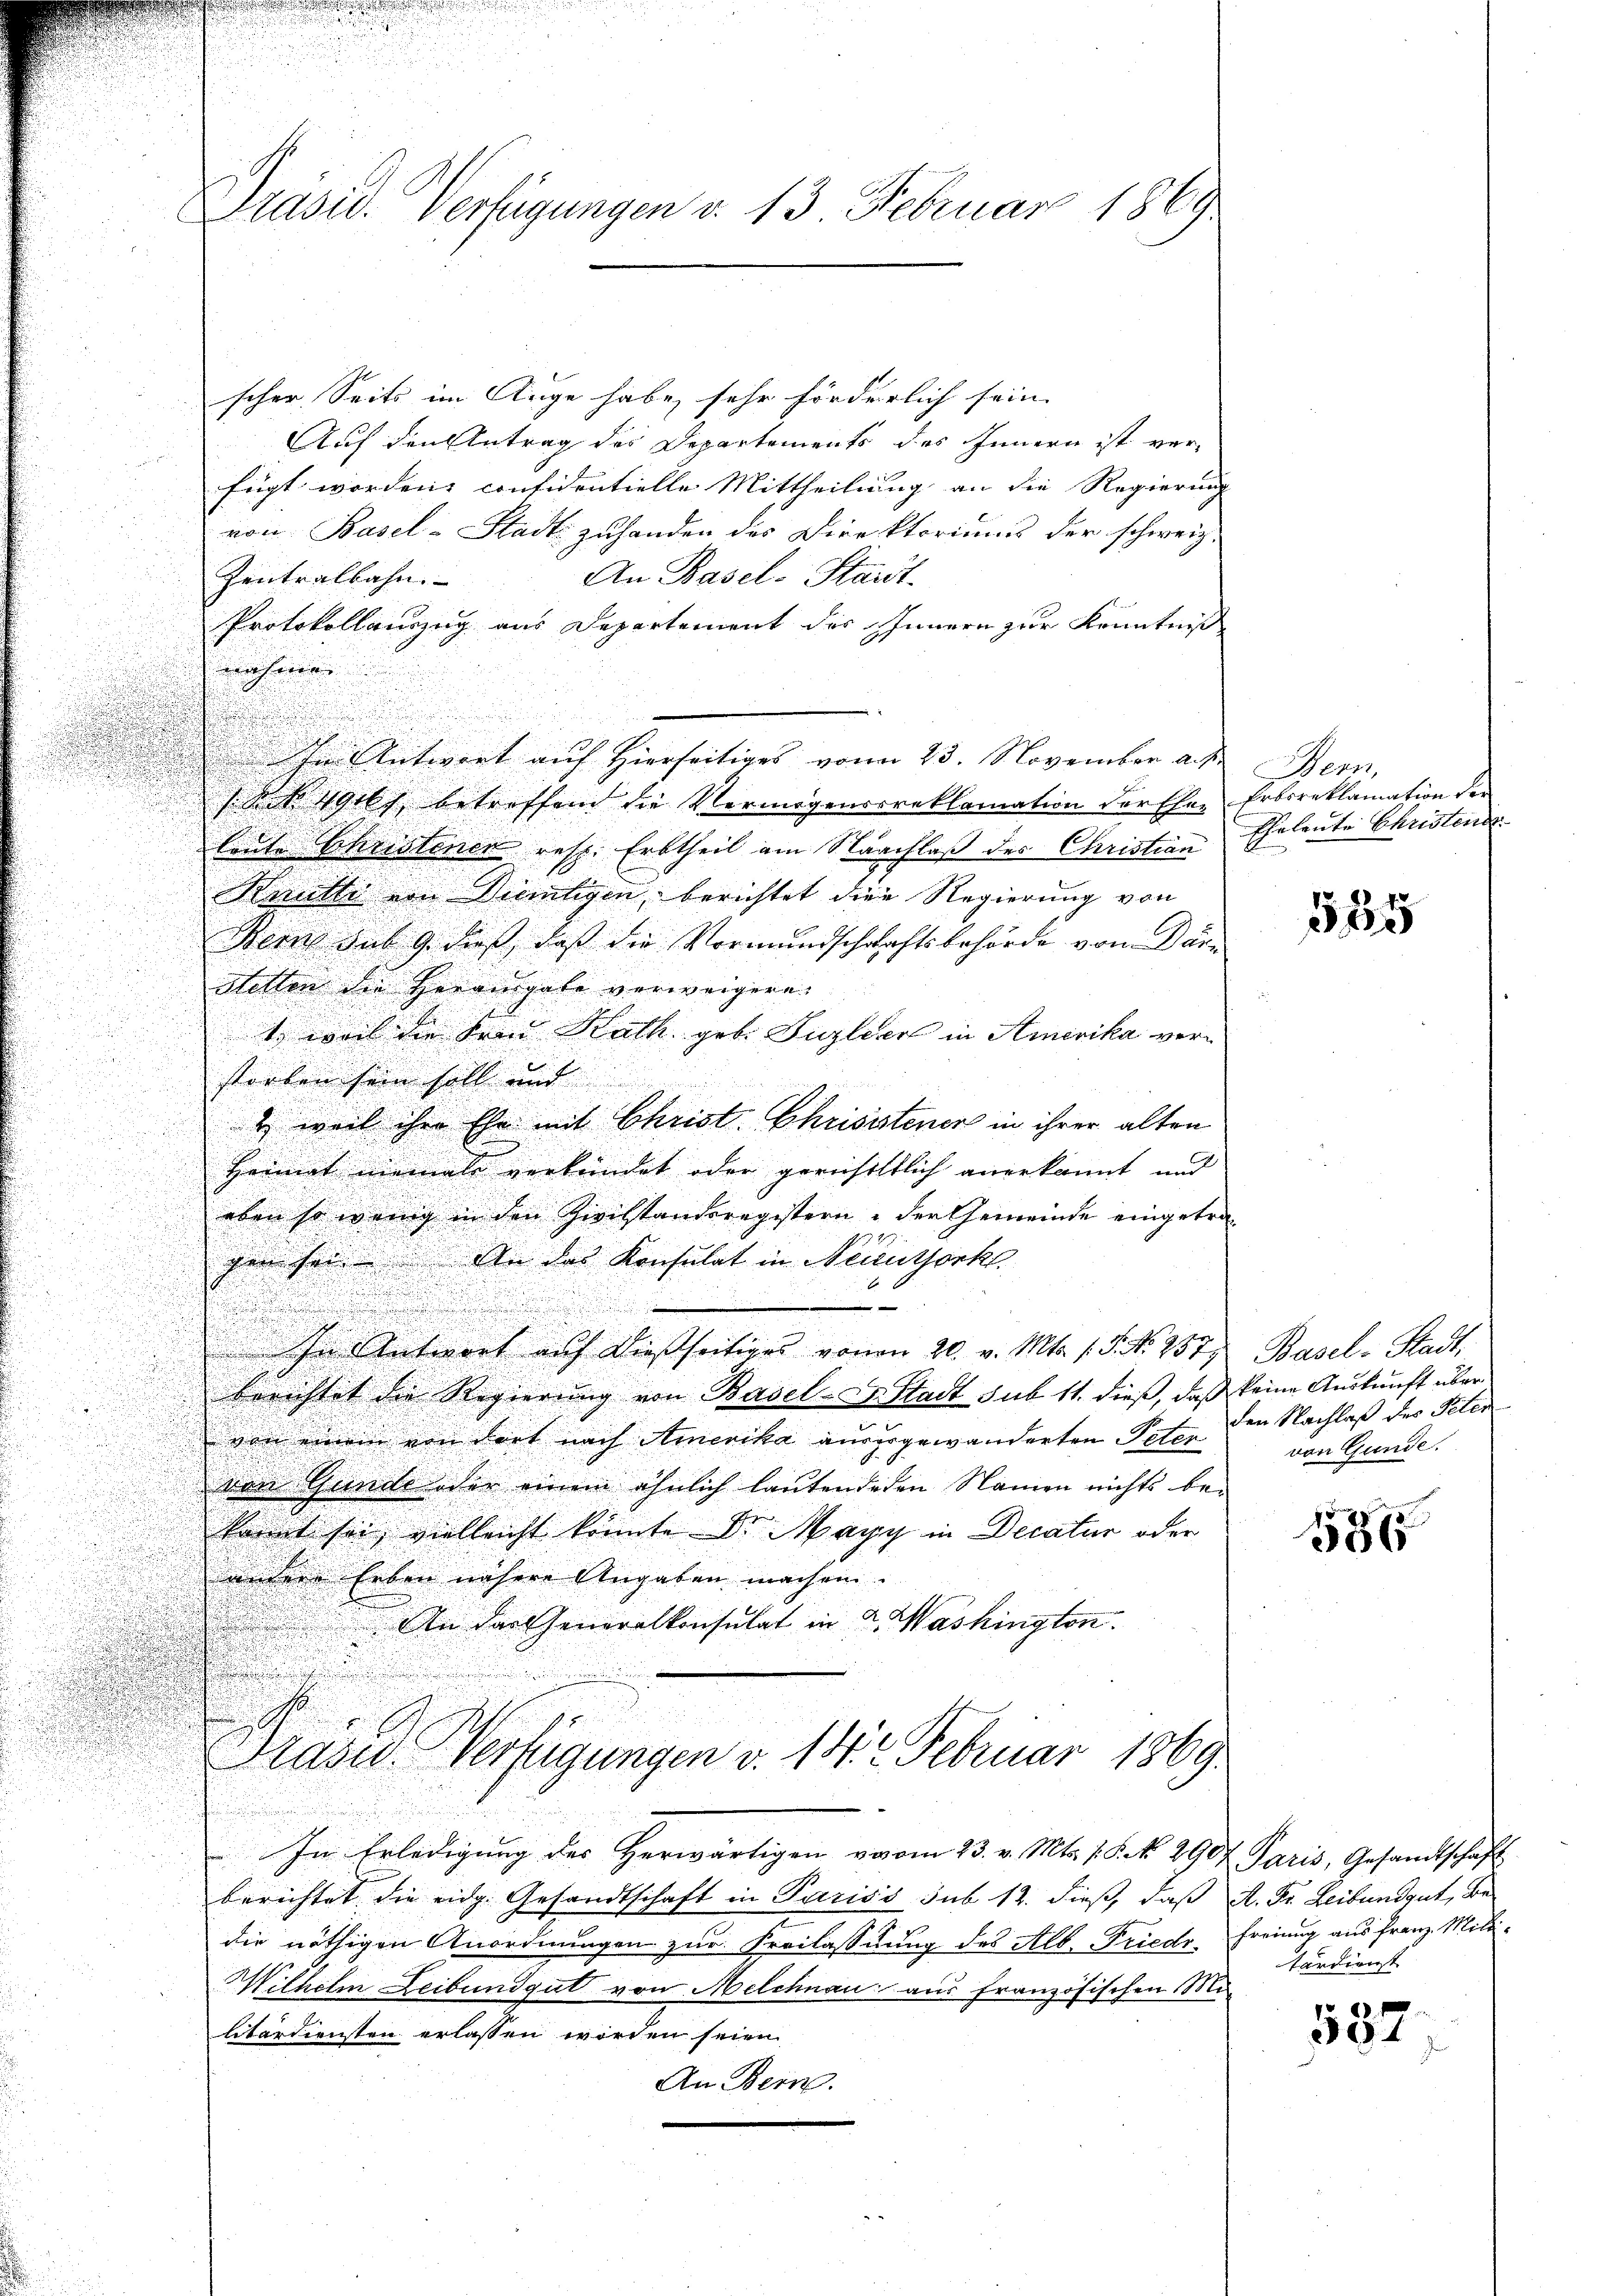
Präsid. Verfügungen v. 13 Februar 1869

scher Seits im Auge habe, sehr förderlich sein |
Auf den Antrag des Departements des Innern ist verr
fügt worden considentielle Mittheilung an die Regierung
von Basel-Stadt zuhanden des Direktoriums der schweiz.
An Basel-Stadt-
Zentralbahn- |
Protokollauszug aus Departement des Innern zur Kenntniß
ahen
u

In Antwort auf Hierseitiges vom 23. November auf.
/Rot 1916), betroffend die Vermögenstreklamation darffer Erbsreklamation der
leute Christenen resp. Erbtheil am Nachlaß des Christian
i

Kette von Dietigen, berichtet diese Regierung von
n
Bern sub 9. dieß, daß die Vormundschaftsbehörde von Dan
u

.
Hetten die Herausgabe verweigern.
.

i
1. weil die Sein Kath. geb. Fizler in Amerika ver¬

storben sein soll und
i
 weil ihre Ehe mit Christ Chrisistener in ihrer alten

Heimat niemale verkündet oder gericheltlich anerkannt und

u
. u.
2
eben so wenig in den Zivilstandsregistern: der Gemeinde eingetra¬

gen sei. An das Konsulat in Neunthonkl.

m

In Antwort auf dießseitiges vonen 20. v. Mts. s. S. Nr. 257) Basel-Stadt,
berichtet die Regierŭng von Basel- & Stadt sub 11. dieβ, daß keine Aŭskŭnft über
von einem von dort nach Amerika auszugewänderten Peter
von Gunde oder einem ähnlich lautenderen Namen nichts be-
kannt sei, vielleicht konnte Dr. Magy in Decatur oder
undere Erben nähere Angaben machen. |
An das Generalkonsulat in d. Washington
asu Verfügungen v. 142 Februar 1869.
In Erledigung des herwärtigen vom 23. v. Mts. f. S. No. 2907 Paris, Gesandtschaft
berichtet die eidg. Gesandtschaft in Pariss sub 12. dieß, daß A. Fr. Leibundgut, Bedie nöthigen Anordnungen zur Freilassung des Alb. Friedr. Freiung aus Franz Mili¬
Wilhelm Leibundgut von Melchnau aus französischen Mi
litärdiensten erlassen worden seien
An Bern.

Bern,
Eheleute Christend

585

den Nachlaß des Peter
von Gunde.

1865

tärdienst

532